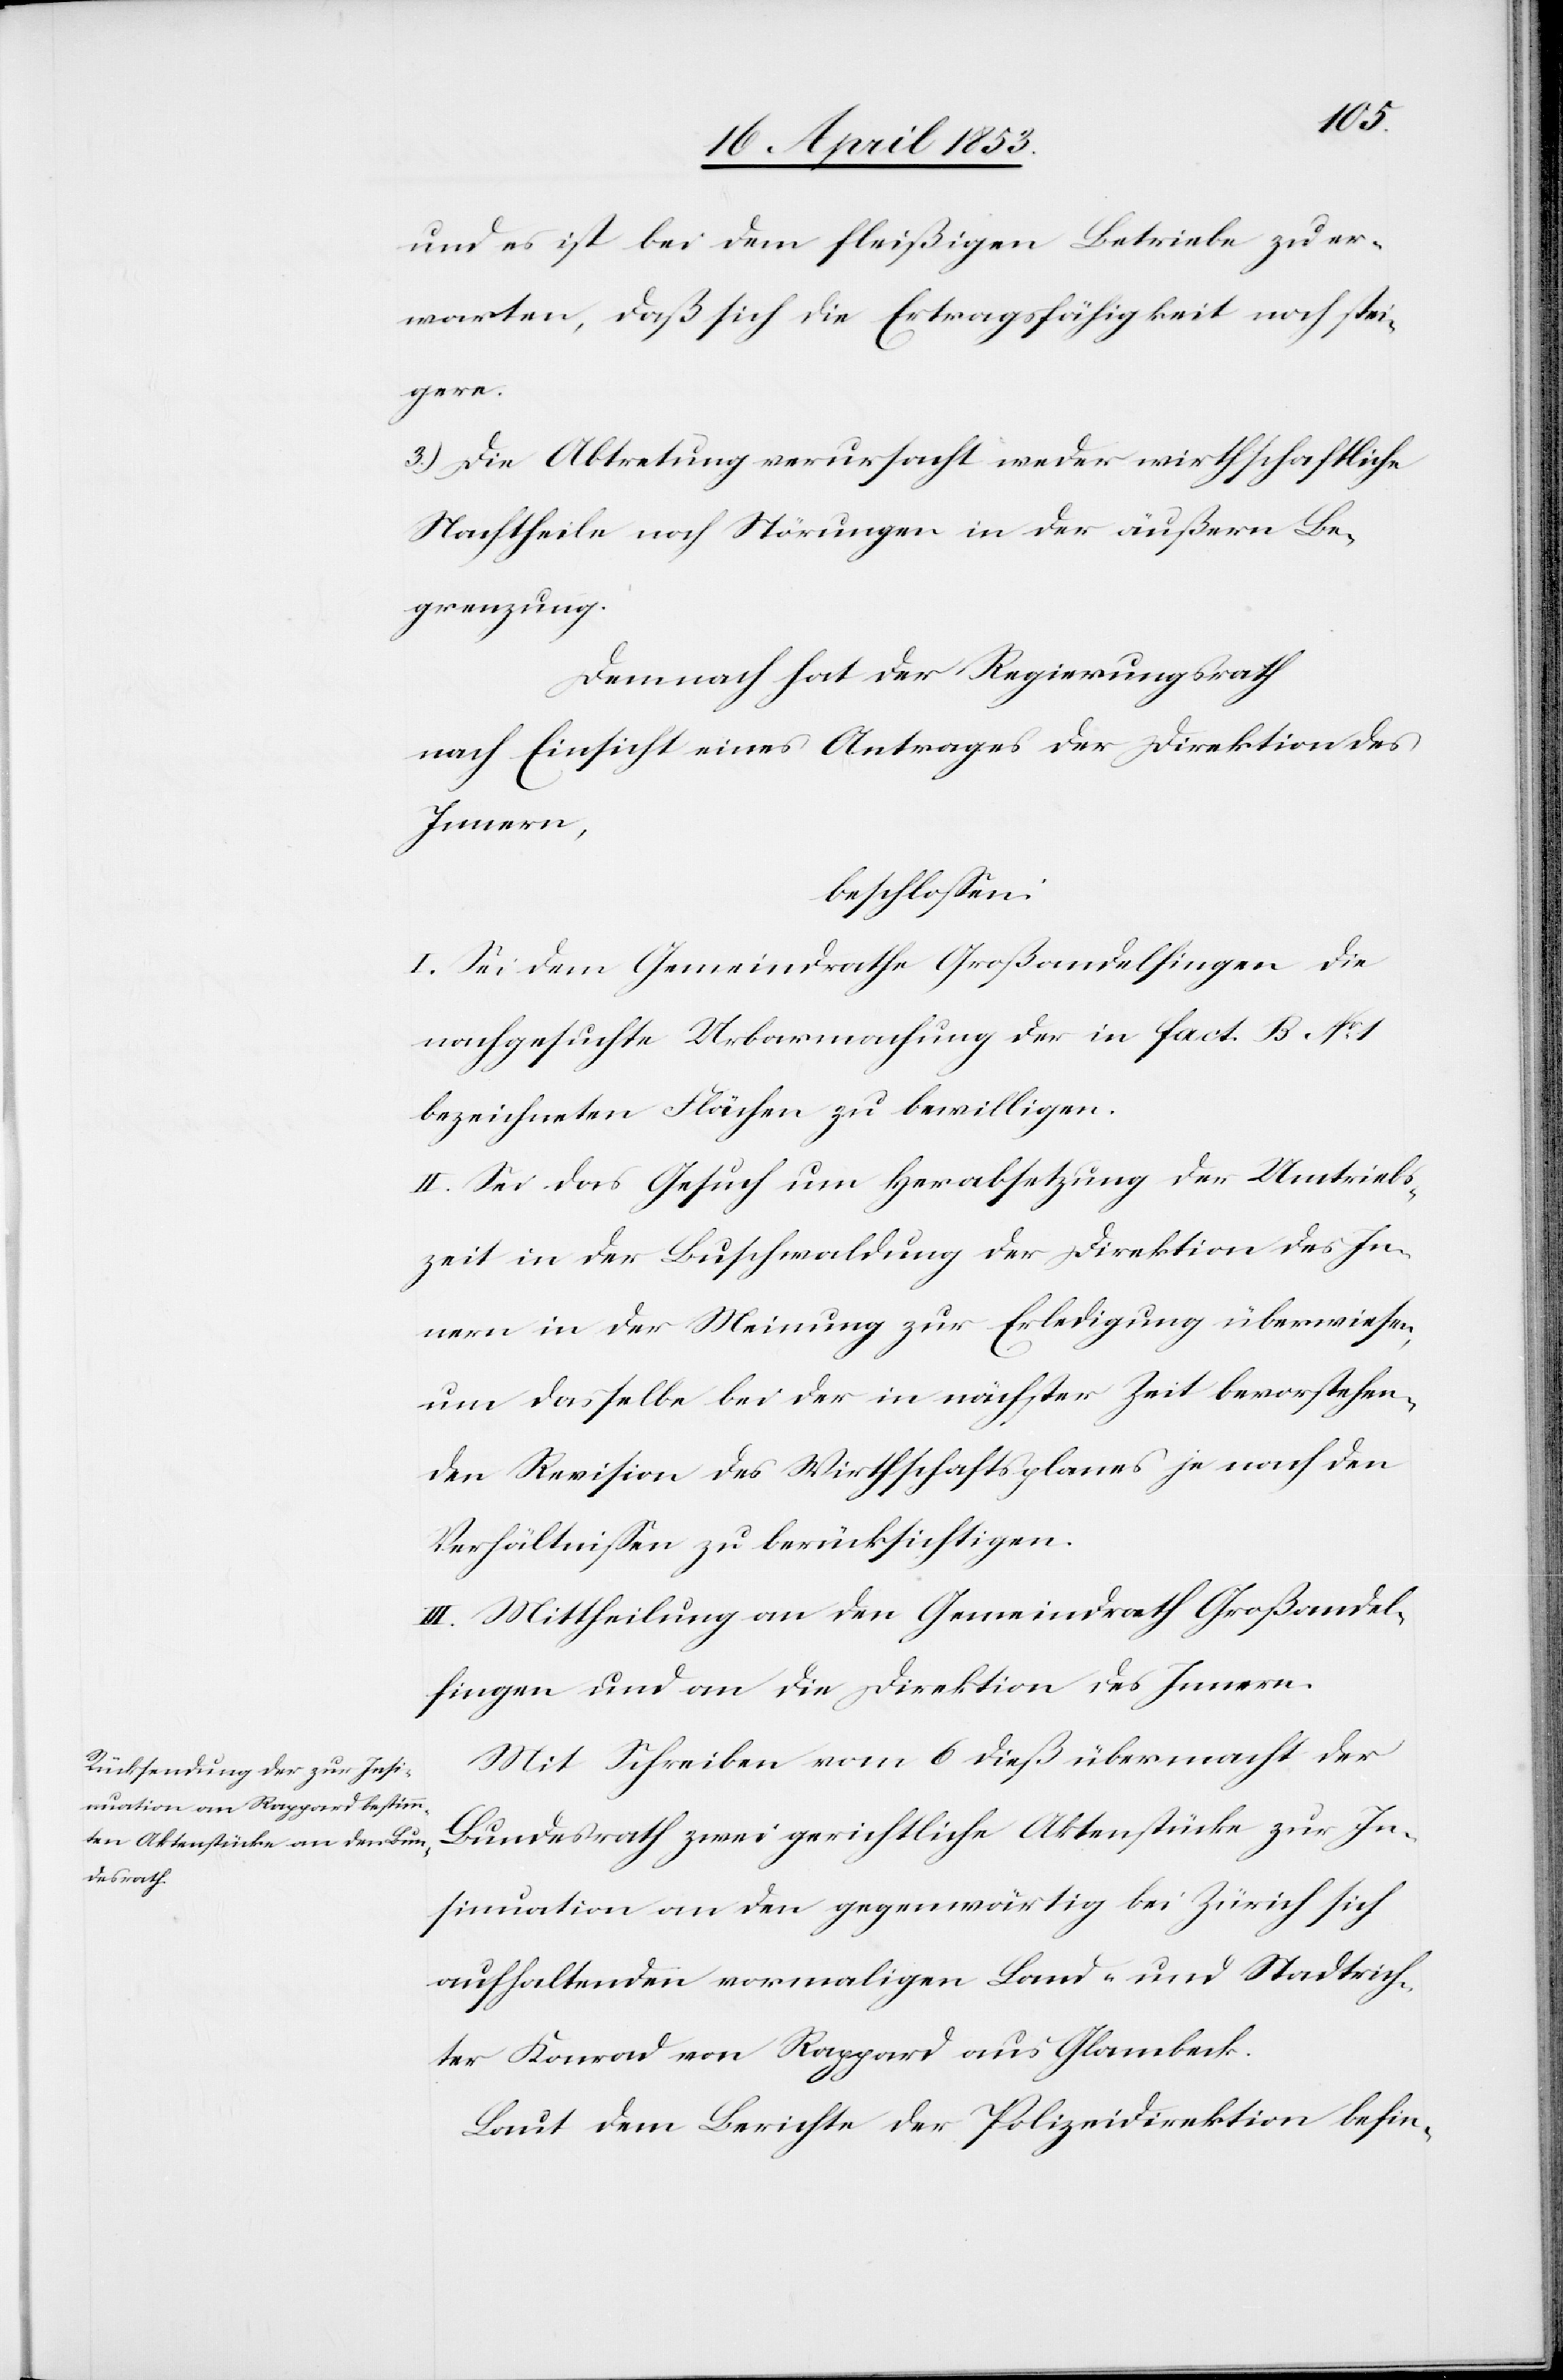
und es ist bei dem fleißigen Betriebe zu er¬
warten, daß sich die Ertragsfähigkeit noch stei¬
gere.
3) Die Abtretung verursacht weder wirthschaftliche
Nachtheile noch Störungen in der äußern Be¬
grenzung.
Demnach hat der Regierungsrath
nach Einsicht eines Antrages der Direktion des
Innern,
beschloßen:
I. Sei dem Gemeindrathe Großandelfingen, die
nachgesuchte Urbarmachung der in fact. B. N°. 1
bezeichneten Flächen zu bewilligen.
II. Sei das Gesuch um Herabsetzung der Umtriebs¬
zeit in der Buschwaldung der Direktion des In¬
nern in der Meinung zur Erledigung überwiesen,
um dasselbe bei der in nächster Zeit bevorstehen¬
den Revision des Wirthschaftsplanes je nach den
Verhältnißen zu berücksichtigen.
III. Mittheilung an den Gemeindrath Großandel¬
fingen und an die Direktion des Innern.
Mit Schreiben vom 6 dieß übermacht der
Bundesrath zwei gerichtliche Aktenstücke zur In¬
sinuation an den gegenwärtig bei Zürich sich
aufhaltenden vormaligen Land- und Stadtrich¬
ter Konrad von Rappard aus Glambeck.
Laut dem Berichte der Polizeidirektion befin-